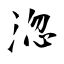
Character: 淴